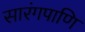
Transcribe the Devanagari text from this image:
सारंगपाणि